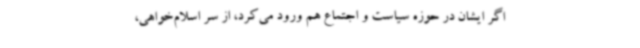
اگر ایشان در حوزه سیاست و اجتماع هم ورود می‌کرد، از سر اسلام‌خواهی،